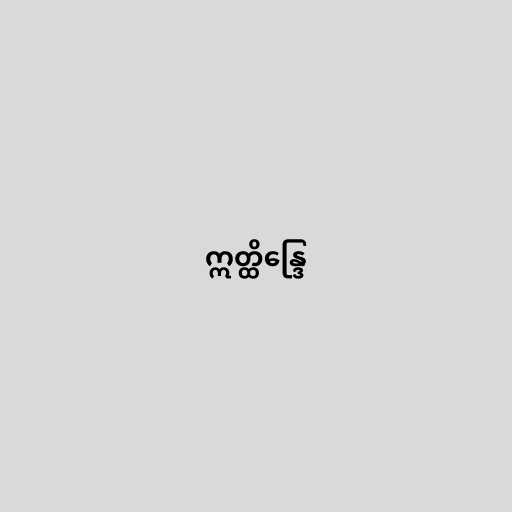
ဣတ္ထိန္ဒြေ